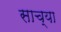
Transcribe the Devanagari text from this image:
साच्या